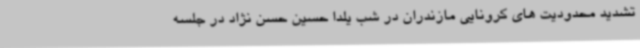
تشدید محدودیت های کرونایی مازندران در شب یلدا حسین حسن نژاد در جلسه